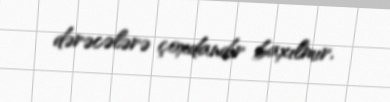
dərəcələrə çoxdandır baxılmır.